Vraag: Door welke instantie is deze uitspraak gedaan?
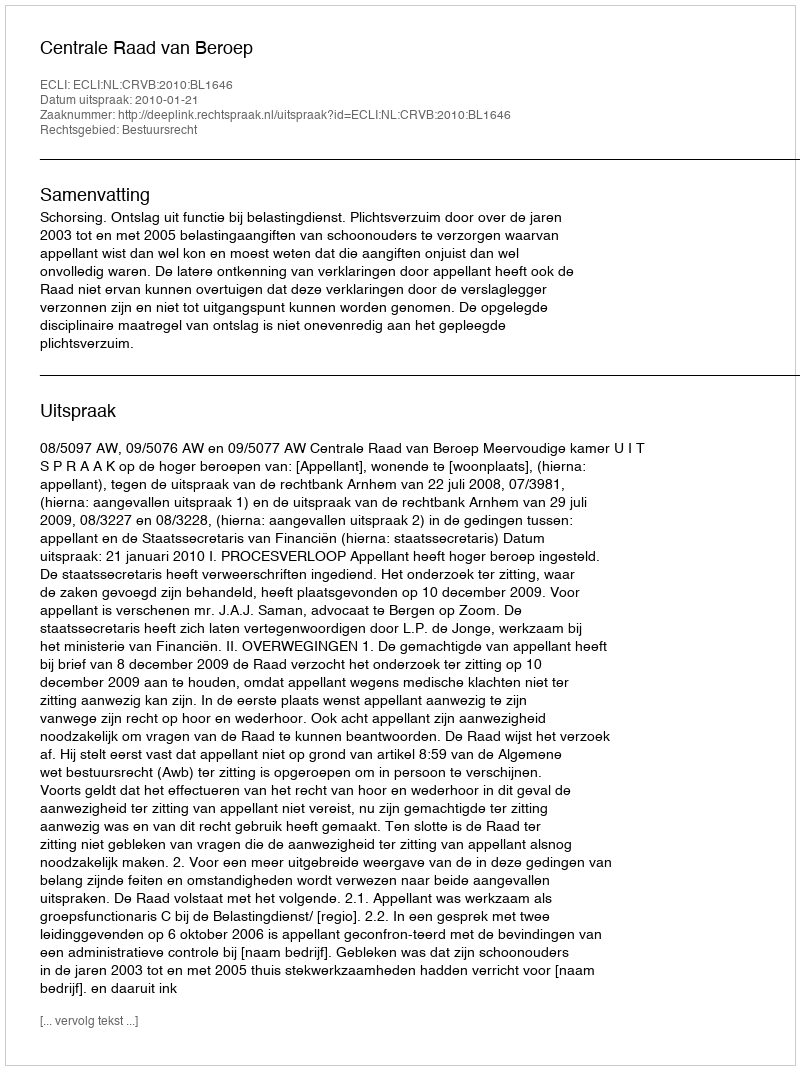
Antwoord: Centrale Raad van Beroep